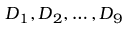
\boldsymbol { D } _ { 1 } , \boldsymbol { D } _ { 2 } , \dots , \boldsymbol { D } _ { 9 }